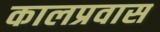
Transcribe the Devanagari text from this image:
कालप्रवास